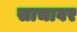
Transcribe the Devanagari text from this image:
साचावर